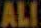
ALI